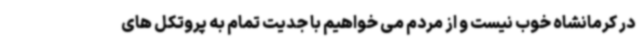
در کرمانشاه خوب نیست و از مردم می خواهیم با جدیت تمام به پروتکل های